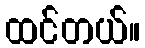
ထင်တယ်။